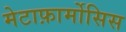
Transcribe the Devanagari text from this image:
मेटाफ़ार्मोसिस